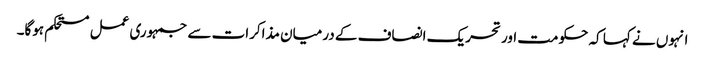
انہوں نے کہا کہ حکومت اور تحریک انصاف کے درمیان مذاکرات سے جمہوری عمل مستحکم ہوگا۔